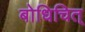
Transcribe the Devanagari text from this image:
बोधिचित्